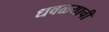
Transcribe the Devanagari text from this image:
धवळ्याची